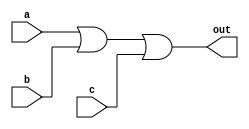
module comb_logic_or(
    input wire a,
    input wire b,
    input wire c,
    output reg out
);

assign out = a | b | c;

endmodule